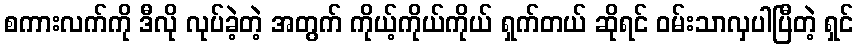
စကားလက်ကို ဒီလို လုပ်ခဲ့တဲ့ အတွက် ကိုယ့်ကိုယ်ကိုယ် ရှက်တယ် ဆိုရင် ဝမ်းသာလှပါပြီတဲ့ ရှင်